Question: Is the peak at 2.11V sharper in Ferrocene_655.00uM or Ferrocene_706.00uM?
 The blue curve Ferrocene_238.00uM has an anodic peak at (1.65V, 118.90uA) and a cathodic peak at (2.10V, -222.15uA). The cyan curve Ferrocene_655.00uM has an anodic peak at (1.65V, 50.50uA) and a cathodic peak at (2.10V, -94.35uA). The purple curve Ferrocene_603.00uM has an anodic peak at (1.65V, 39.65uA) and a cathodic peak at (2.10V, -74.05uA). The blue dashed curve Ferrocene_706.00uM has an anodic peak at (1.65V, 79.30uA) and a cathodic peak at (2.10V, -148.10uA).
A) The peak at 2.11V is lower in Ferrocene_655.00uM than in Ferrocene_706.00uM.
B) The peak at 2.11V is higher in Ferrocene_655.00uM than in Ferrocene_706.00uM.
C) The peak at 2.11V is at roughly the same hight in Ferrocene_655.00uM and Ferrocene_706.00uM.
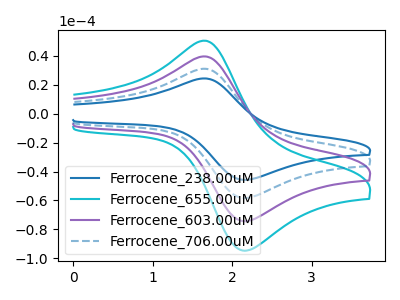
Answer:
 <answer>A) The peak at 2.11V is lower in "Ferrocene_655.00uM" than in "Ferrocene_706.00uM".</answer>
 <eval>A</eval>